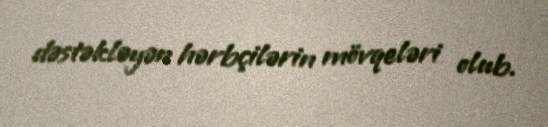
dəstəkləyən hərbçilərin mövqeləri olub.